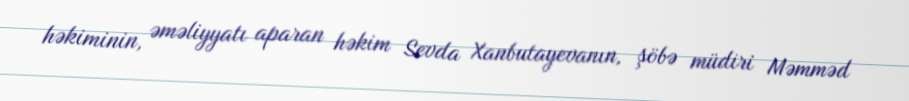
həkiminin, əməliyyatı aparan həkim Sevda Xanbutayevanın, şöbə müdiri Məmməd